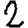
Digit: 2